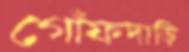
গোঁফদাড়ি